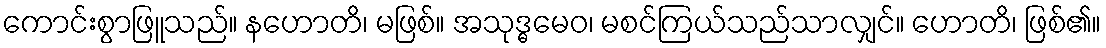
ကောင်းစွာဖြူသည်။ နဟောတိ၊ မဖြစ်။ အသုဒ္ဓမေဝ၊ မစင်ကြယ်သည်သာလျှင်။ ဟောတိ၊ ဖြစ်၏။